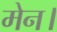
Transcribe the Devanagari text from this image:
मेन।